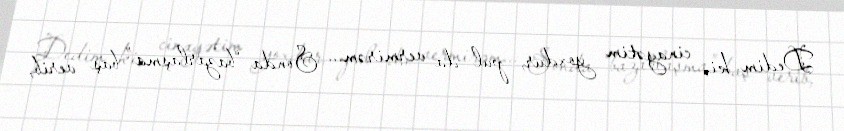
Dedim ki, cinayətim yoxdur, pul da vermirəm... Sonda “bazarlaşma” baş verib,